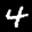
Label: 4